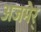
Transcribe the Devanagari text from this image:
अजमेर्